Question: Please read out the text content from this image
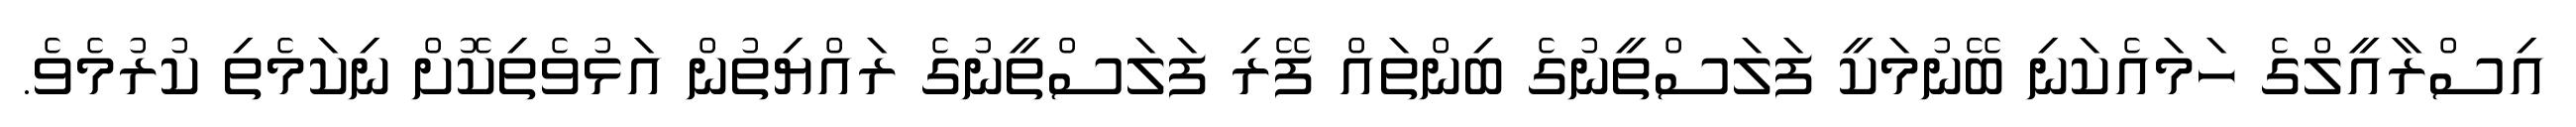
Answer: އިސްރާއީލްގެ ހަމައެކަނި ބޭނުމަކީ ފަލަސްތީނުގެ ބިންތައް ފޭރި ފަލަސްތީނުގެ ރައްޔިތުން އަޅުވެތިކޮށް ނިކަމެތި ކުރުމެވެ.